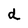
Character: d